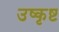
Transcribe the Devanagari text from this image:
उष्कृष्ट